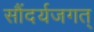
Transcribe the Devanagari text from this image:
सौंदर्यजगत्